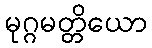
မုဂ္ဂမတ္တိယော